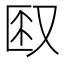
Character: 𫨼